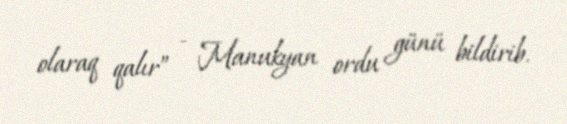
olaraq qalır” - Manukyan ordu günü bildirib.